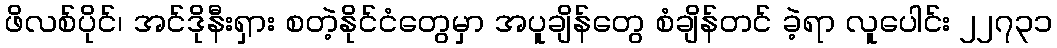
ဖိလစ်ပိုင်၊ အင်ဒိုနီးရှား စတဲ့နိုင်ငံတွေမှာ အပူချိန်တွေ စံချိန်တင် ခဲ့ရာ လူပေါင်း ၂၂၇၃၁